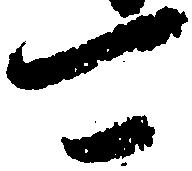
可